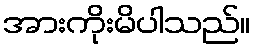
အားကိုးမိပါသည်။